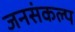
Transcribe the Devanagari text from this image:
जनसंकल्प